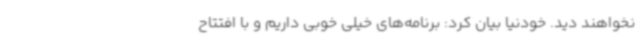
نخواهند دید. خودنیا بیان کرد: برنامه‌های خیلی خوبی داریم و با افتتاح